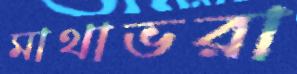
মাথাভরা